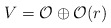
\begin{align*}V={\cal{O}}\oplus {\cal{O}}(r) \end{align*}